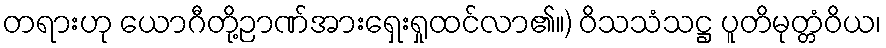
တရားဟု ယောဂီတို့ဉာဏ်အားရှေးရှုထင်လာ၏။) ဝိသသံသဋ္ဌ ပူတိမုတ္တံဝိယ၊